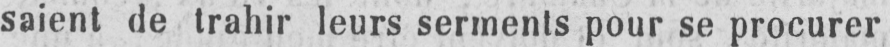
saient de trahir leurs serments pour se procurer